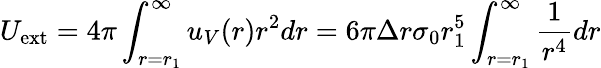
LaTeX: U_{\mathrm{ext}}=4\pi\int_{r=r_{1}}^{\infty}u_{V}(r)r^{2}dr=6\pi\Delta r\sigma_{0}r_{1}^{5}\int_{r=r_{1}}^{\infty}\frac{1}{r^{4}}dr